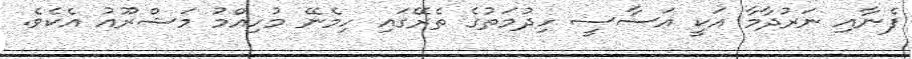
ފެނާއި ނަރުދާމާ އަކީ އަސާސީ ހިދުމަތުގެ ތެރޭގައި ހިމެނޭ މުހިއްމު މަޝްރޫއު އެކެވެ.